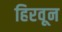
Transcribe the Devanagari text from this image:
हिरवून